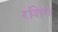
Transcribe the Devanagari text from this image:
रशिंग